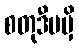
စတုဒီပမှိ